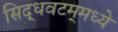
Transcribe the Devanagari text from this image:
सिद्धवटम्‌मध्ये